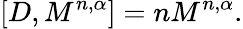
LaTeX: \lbrack D,M^{n,\alpha}]=nM^{n,\alpha}.